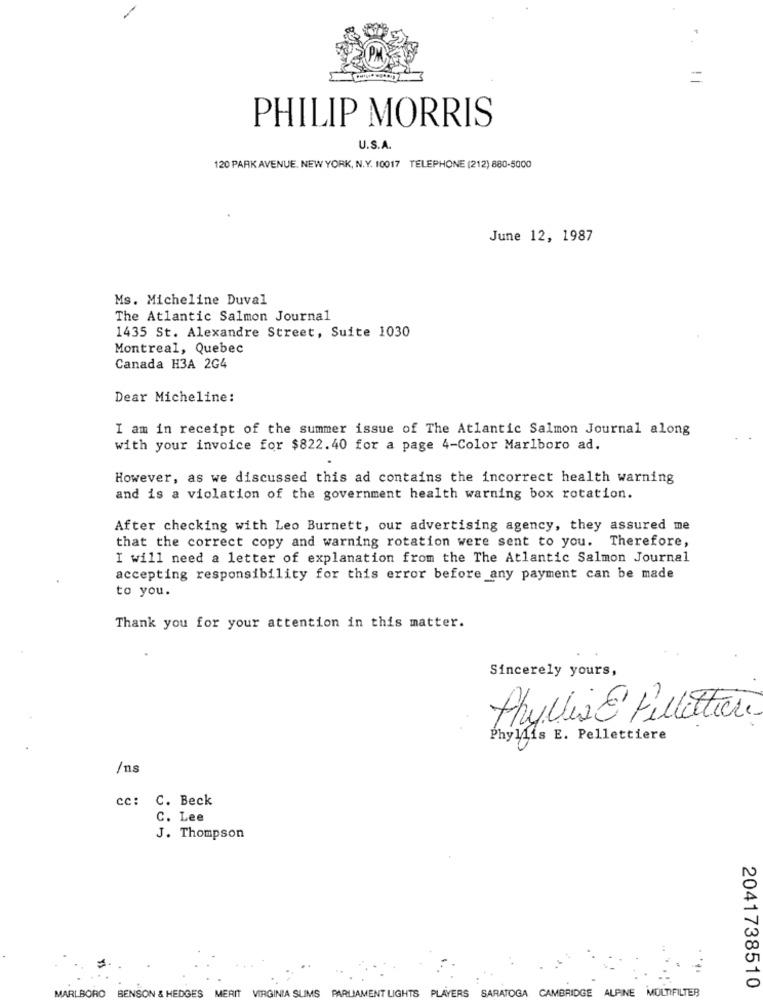
=
PHILIP MORRIS
U.S.A.
120 PARK AVENUE. NEW YORK, N.Y. 10017 TELEPHONE (212) 880-5000
June 12, 1987
Ms. Micheline Duval
The Atlantic Salmon Journal
1435 St. Alexandre Street, Suite 1030
Montreal, Quebec
Canada H3A 2G4
Dear Micheline:
I am in receipt of the summer issue of The Atlantic Salmon Journal along
with your invoice for $822.40 for a page 4-Color Marlboro ad.
However, as we discussed this ad contains the incorrect health warning
and is a violation of the government health warning box rotation.
After checking with Leo Burnett, our advertising agency, they assured me
that the correct copy and warning rotation were sent to you. Therefore,
I will need a letter of explanation from the The Atlantic Salmon Journal
accepting responsibility for this error before any payment can be made
to you.
Thank you for your attention in this matter.
Sincerely yours,
Phylis@Fillette.
Phyllis E. Pellettiere
/ns
cc: C. Beck
C. Lee
J. Thompson
MARLBORO
MERIT
LIMS
PARLIAMENT LIGHTS PLAYERS SARATOGA CAMBRIDGE ALPINE MULTIFILTER
2041738510
BENSON & HEDGES